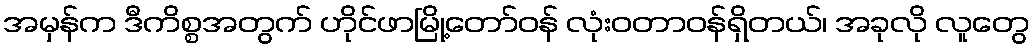
အမှန်က ဒီကိစ္စအတွက် ဟိုင်ဖာမြို့တော်ဝန် လုံးဝတာဝန်ရှိတယ်၊ အခုလို လူတွေ